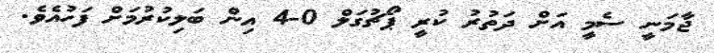
ޖާމަނީ ސެމީ އަށް ދަތުރު ކުރީ ޕޯޗުގަލް 0-4 އިން ބަލިކުރުމަށް ފަހުއެވެ.